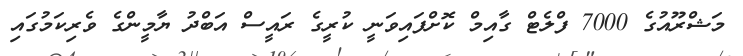
މަޝްރޫއުގެ 7000 ފްލެޓް ގާއިމް ކޮށްފައިވަނީ ކުރީގެ ރައީސް އަބްދު ޔާމީންގެ ވެރިކަމުގައި